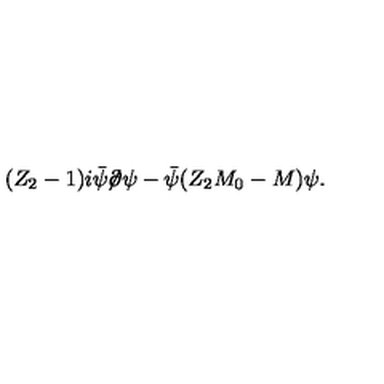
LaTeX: ( Z _ { 2 } - 1 ) i \bar { \psi } \! \! \not \! \partial \psi - \bar { \psi } ( Z _ { 2 } M _ { 0 } - M ) \psi .